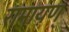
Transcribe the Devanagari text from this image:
रामायण्